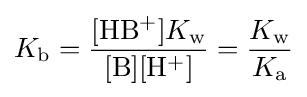
K_{\text{b}}={\frac {[\mathrm {HB^{+}} ]K_{\text{w}}}{\mathrm {[B][H^{+}]} }}={\frac {K_{\text{w}}}{K_{\text{a}}}}